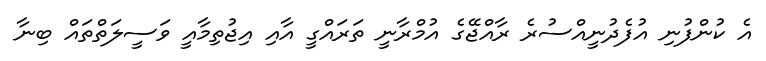
އެ ކުންފުނި އުފެދުނީއްސުރެ ރާއްޖޭގެ އުމްރާނީ ތަރައްގީ އާއި އިޖުތިމާއީ ވަސީލަތްތައް ބިނާ